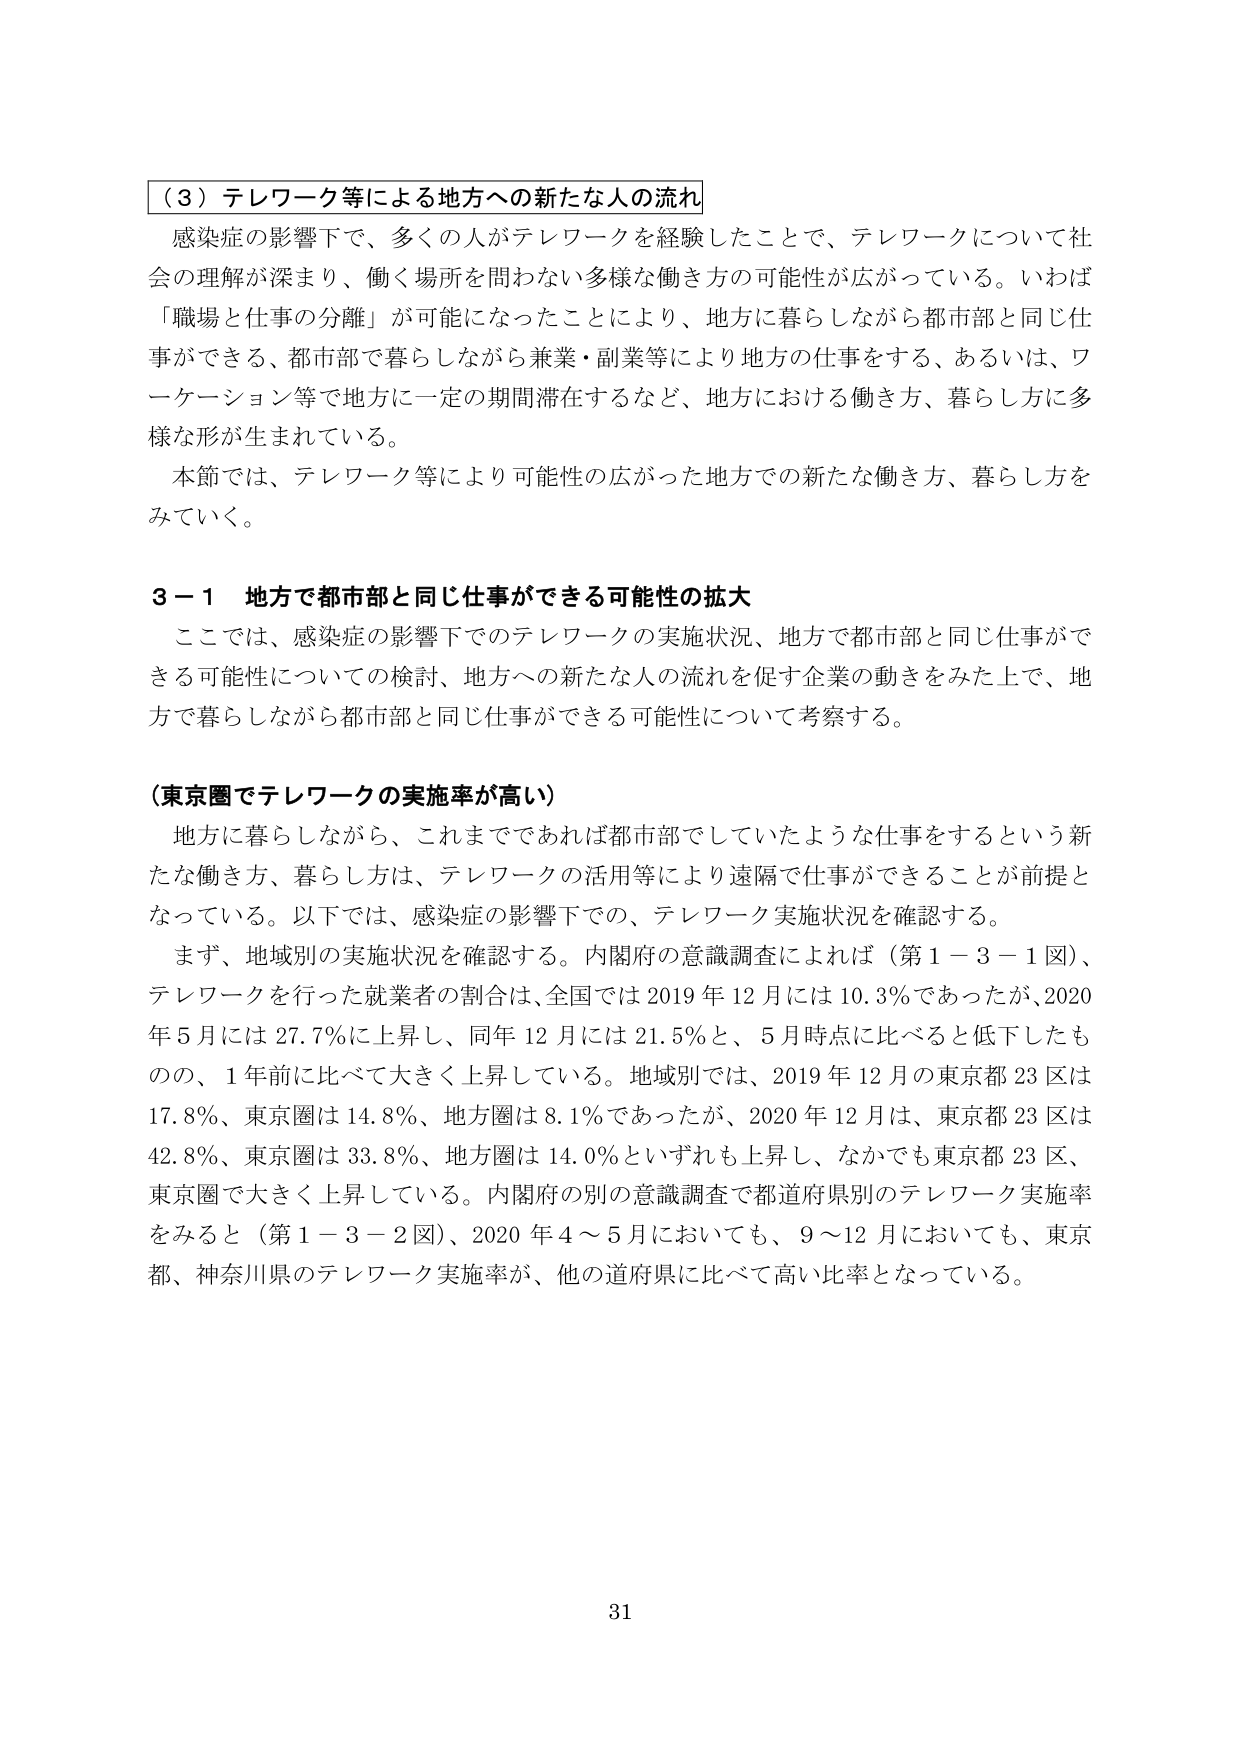
（３）テレワーク等による地方への新たな人の流れ
感染症の影響下で、多くの人がテレワークを経験したことで、テレワークについて社会の理解が深まり、働く場所を問わない多様な働き方の可能性が広がっている。いわば「職場と仕事の分離」が可能になったことにより、地方に暮らしながら都市部と同じ仕事ができる、都市部で暮らしながら兼業・副業等により地方の仕事をする、あるいは、ワーケーション等で地方に一定の期間滞在するなど、地方における働き方、暮らし方に多様な形が生まれている。
本節では、テレワーク等により可能性の広がった地方での新たな働き方、暮らし方をみていく。

３－１ 地方で都市部と同じ仕事ができる可能性の拡大
ここでは、感染症の影響下でのテレワークの実施状況、地方で都市部と同じ仕事ができる可能性についての検討、地方への新たな人の流れを促す企業の動きをみた上で、地方で暮らしながら都市部と同じ仕事ができる可能性について考察する。

（東京圏でテレワークの実施率が高い）
地方に暮らしながら、これまでであれば都市部でしていたような仕事をするという新たな働き方、暮らし方は、テレワークの活用等により遠隔で仕事ができることが前提となっている。以下では、感染症の影響下での、テレワーク実施状況を確認する。
まず、地域別の実施状況を確認する。内閣府の意識調査によれば（第１－３－１図）、テレワークを行った就業者の割合は、全国では2019年12月には10.3％であったが、2020年5月には27.7％に上昇し、同年12月には21.5％と、5月時点に比べると低下したものの、1年前に比べて大きく上昇している。地域別では、2019年12月の東京都23区は17.8％、東京圏は14.8％、地方圏は8.1％であったが、2020年12月は、東京都23区は42.8％、東京圏は33.8％、地方圏は14.0％といずれも上昇し、なかでも東京都23区、東京圏で大きく上昇している。内閣府の別の意識調査で都道府県別のテレワーク実施率をみると（第１－３－２図）、2020年4～5月においても、9～12月においても、東京都、神奈川県のテレワーク実施率が、他の道府県に比べて高い比率となっている。

31